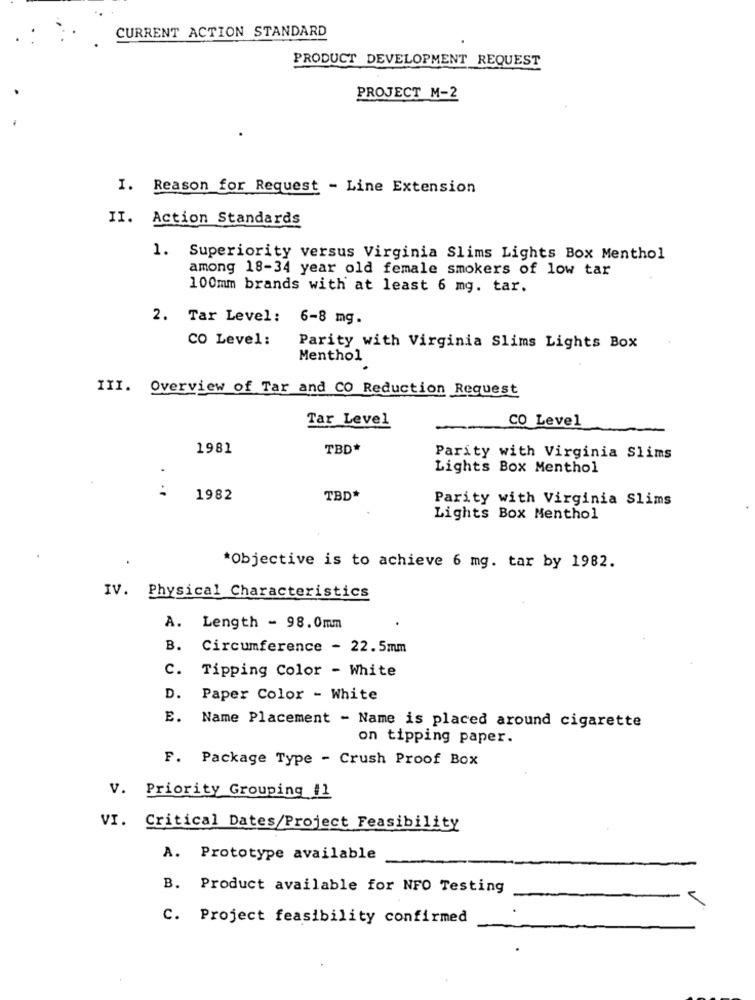
CURRENT ACTION STANDARD
PRODUCT DEVELOPMENT REQUEST
PROJECT M-2
I. Reason for Request - Line Extension
II. Action Standards
1. Superiority versus Virginia Slims Lights Box Menthol
among 18-34 year old female smokers of low tar
100mm brands with at least 6 mg. tar.
2. Tar Level: 6-8 mg.
CO Level:
Parity with Virginia Slims Lights Box
Menthol
III. Overview of Tar and CO Reduction Request
Tar Level
CO Level
1981
TBD*
Parity with Virginia Slims
Lights Box Menthol
1982
TBD*
Parity with Virginia Slims
Lights Box Menthol
*Objective is to achieve 6 mg. tar by 1982.
IV. Physical Characteristics
A.
Length - 98.0mm
B.
Circumference - 22.5mm
C. Tipping Color - White
D. Paper Color - White
E. Name Placement - Name is placed around cigarette
on tipping paper.
F. Package Type - Crush Proof Box
V. Priority Grouping #1
VI. Critical Dates/Project Feasibility
A. Prototype available
B. Product available for NFO Testing
C. Project feasibility confirmed